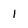
Character: 1